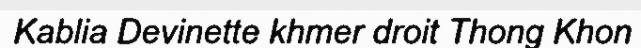
Kablia Devinette khmer droit Thong Khon